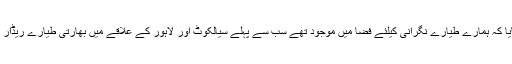
انہوں نے بتایا کہ ہمارے طیارے نگرانی کیلئے فضا میں موجود تھے سب سے پہلے سیالکوٹ اور لاہور کے علاقے میں بھارتی طیارے ریڈار پر نظر آئے۔